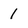
Character: 1